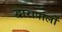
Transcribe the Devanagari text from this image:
द्वारापालों